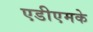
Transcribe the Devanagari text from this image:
एडीएमके